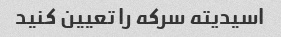
اسیدیته سرکه را تعیین کنید